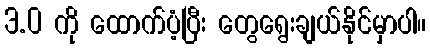
3.0 ကို ထောက်ပံ့ပြီး တွေရွေးချယ်နိုင်မှာပါ။